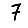
Digit: 7